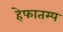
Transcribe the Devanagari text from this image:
हेफातम्प